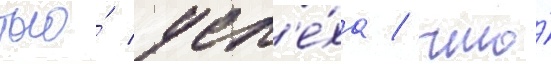
того́ усп'е́ха / что́